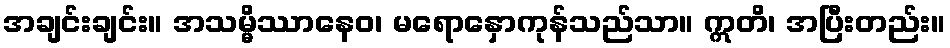
အချင်းချင်း။ အသမ္မိဿာနေဝ၊ မရောနှောကုန်သည်သာ။ ဣတိ၊ အပြီးတည်း။